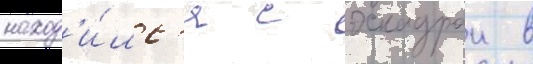
наход'и́лс'я с эскадрои в